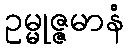
ဥမ္မုဇ္ဇမာနံ